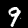
Label: 9